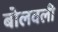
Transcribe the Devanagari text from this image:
बोलवली